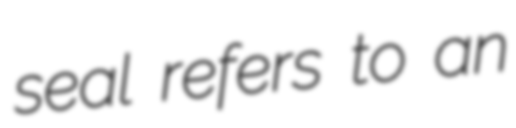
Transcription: seal refers to an